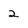
Character: 2